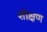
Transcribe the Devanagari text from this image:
शीक्षण